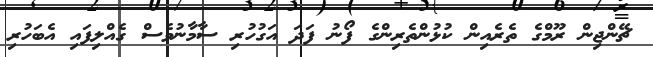
ޗޭންޖިން ރޫމްގެ ތެރެއިން ކުޅުންތެރިންގެ ފޯނު ފަދަ އަގުހުރި ސާމާނުވެސް ގެއްލިފައި އެބަހުރި